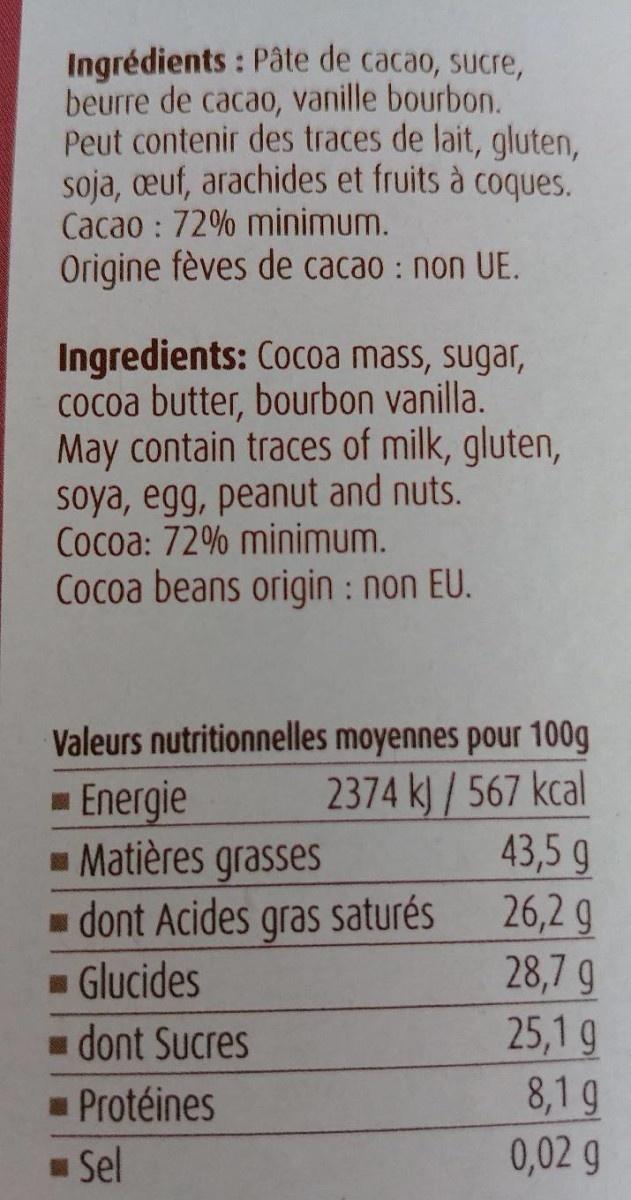
Ingrédients : Pâte de cacao, sucre, beurre de cacao, vanille bourbon. Peut contenir des traces de lait, gluten, soja, euf, arachides et fruits à coques. Cacao : 72% minimum. Origine fèves de cacao : non UE.
Ingredients: Cocoa mass, sugar, cocoa butter, bourbon vanilla. May contain traces of milk, gluten, soya, egg, peanut and nuts. Cocoa: 72% minimum. Cocoa beans origin : non EU.
Valeurs nutritionnelles moyennes pour 100g
Energie - Matières grasses - dont Acides gras saturés - Glucides 1 dont Sucres
2374 kJ/567 kcal 43,5 g 26,2 g 28,7 g
25,1 g 8,1 g 0,02 g
- Protéines
Sel